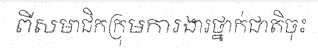
ពីសមាជិកក្រុមការងារថ្នាក់ជាតិចុះ